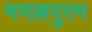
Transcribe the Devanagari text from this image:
ममल्लपुरम